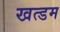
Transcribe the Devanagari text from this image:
खत्डम